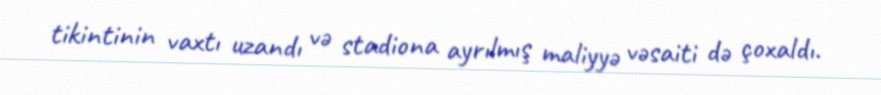
tikintinin vaxtı uzandı və stadiona ayrılmış maliyyə vəsaiti də çoxaldı.